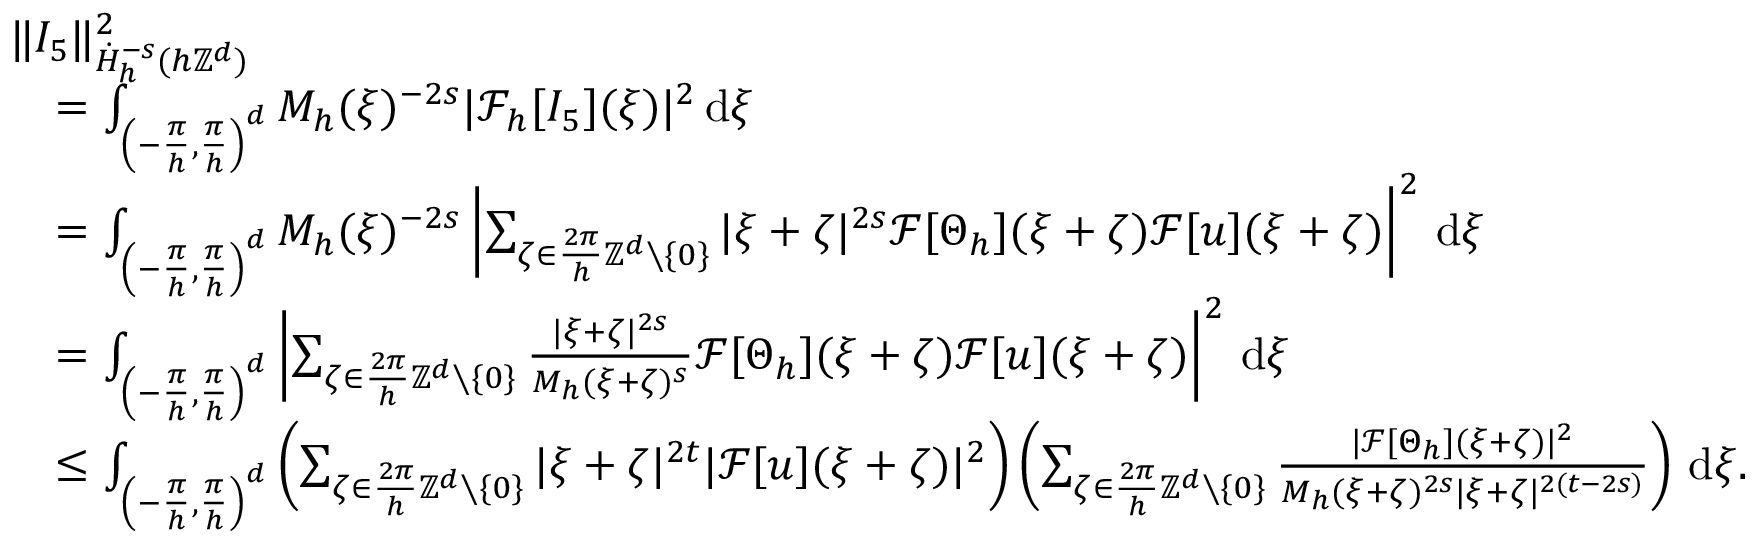
\begin{array} { r l } & { \| I _ { 5 } \| _ { \dot { H } _ { h } ^ { - s } ( h \mathbb { Z } ^ { d } ) } ^ { 2 } } \\ & { \quad = \int _ { \left( - \frac { \pi } { h } , \frac { \pi } { h } \right) ^ { d } } M _ { h } ( \xi ) ^ { - 2 s } | \mathcal { F } _ { h } [ I _ { 5 } ] ( \xi ) | ^ { 2 } \, \mathrm { d } \xi } \\ & { \quad = \int _ { \left( - \frac { \pi } { h } , \frac { \pi } { h } \right) ^ { d } } M _ { h } ( \xi ) ^ { - 2 s } \left| \sum _ { \zeta \in \frac { 2 \pi } { h } \mathbb { Z } ^ { d } \setminus \{ 0 \} } | \xi + \zeta | ^ { 2 s } \mathcal { F } [ \Theta _ { h } ] ( \xi + \zeta ) \mathcal { F } [ u ] ( \xi + \zeta ) \right| ^ { 2 } \, \mathrm { d } \xi } \\ & { \quad = \int _ { \left( - \frac { \pi } { h } , \frac { \pi } { h } \right) ^ { d } } \left| \sum _ { \zeta \in \frac { 2 \pi } { h } \mathbb { Z } ^ { d } \setminus \{ 0 \} } \frac { | \xi + \zeta | ^ { 2 s } } { M _ { h } ( \xi + \zeta ) ^ { s } } \mathcal { F } [ \Theta _ { h } ] ( \xi + \zeta ) \mathcal { F } [ u ] ( \xi + \zeta ) \right| ^ { 2 } \, \mathrm { d } \xi } \\ & { \quad \le \int _ { \left( - \frac { \pi } { h } , \frac { \pi } { h } \right) ^ { d } } \left( \sum _ { \zeta \in \frac { 2 \pi } { h } \mathbb { Z } ^ { d } \setminus \{ 0 \} } | \xi + \zeta | ^ { 2 t } | \mathcal { F } [ u ] ( \xi + \zeta ) | ^ { 2 } \right) \left( \sum _ { \zeta \in \frac { 2 \pi } { h } \mathbb { Z } ^ { d } \setminus \{ 0 \} } \frac { | \mathcal { F } [ \Theta _ { h } ] ( \xi + \zeta ) | ^ { 2 } } { M _ { h } ( \xi + \zeta ) ^ { 2 s } | \xi + \zeta | ^ { 2 ( t - 2 s ) } } \right) \, \mathrm { d } \xi . } \end{array}